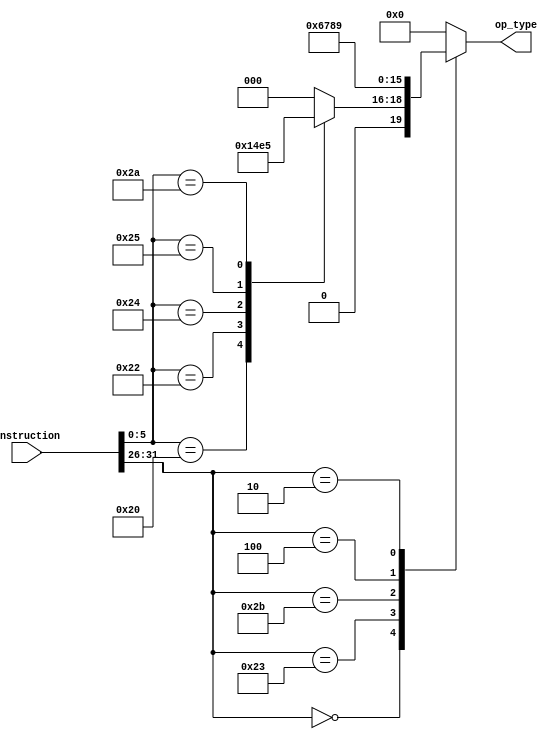
`timescale 1ns / 1ps


module Control_unit(
	input [31:0] instruction,
	
	output reg [3:0] op_type
    );
    
    always @(*) begin
        case (instruction[31:26])
            6'b000000: begin
                case (instruction[5:0])
                    6'b100000: op_type = 4'b0001; //add
                    6'b100010: op_type = 4'b0010; //sub
                    6'b100100: op_type = 4'b0011; //and
                    6'b100101: op_type = 4'b0100; //or
                    6'b101010: op_type = 4'b0101; //slt
                    default: op_type = 0;
                endcase
            end
            6'b100011: op_type = 4'b0110; //lw
            6'b101011: op_type = 4'b0111; //sw
            6'b000100: op_type = 4'b1000; //beq
            6'b000010: op_type = 4'b1001; //j
            default: op_type = 0;
        endcase
    end
    
endmodule